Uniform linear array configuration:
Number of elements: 12
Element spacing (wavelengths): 0.25
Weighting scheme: hann
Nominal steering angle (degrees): -60
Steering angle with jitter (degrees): -60.182
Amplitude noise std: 0.05
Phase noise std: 0.05

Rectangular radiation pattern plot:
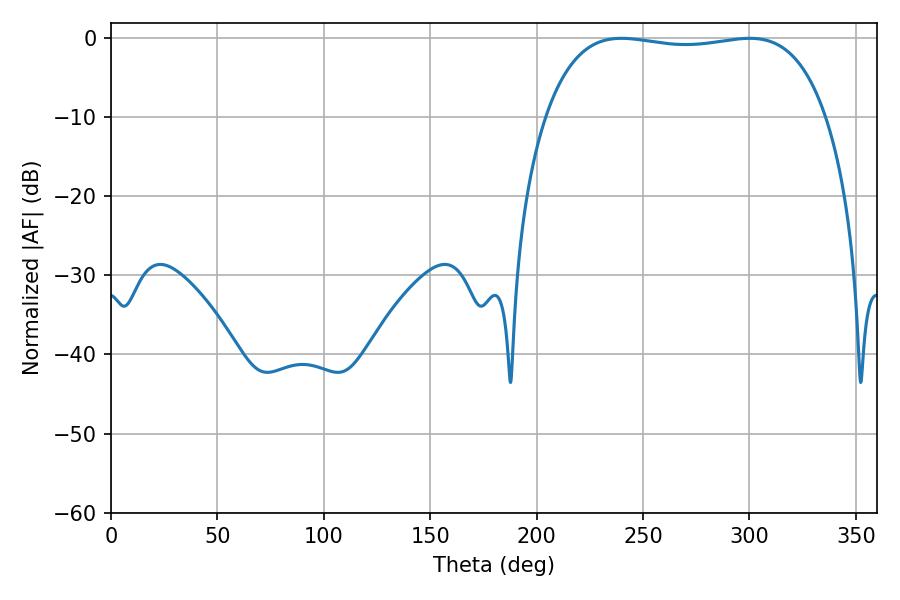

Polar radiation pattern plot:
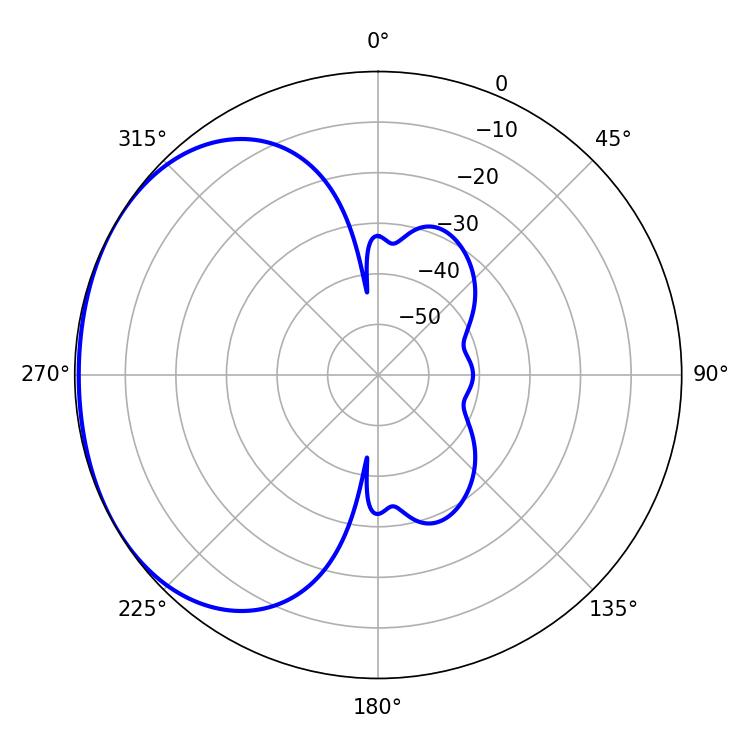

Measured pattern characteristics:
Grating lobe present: FALSE
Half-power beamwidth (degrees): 105.48
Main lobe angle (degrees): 239.94